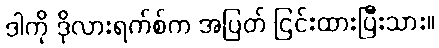
ဒါကို ဒိုလားရက်စ်က အပြတ် ငြင်းထားပြီးသား။